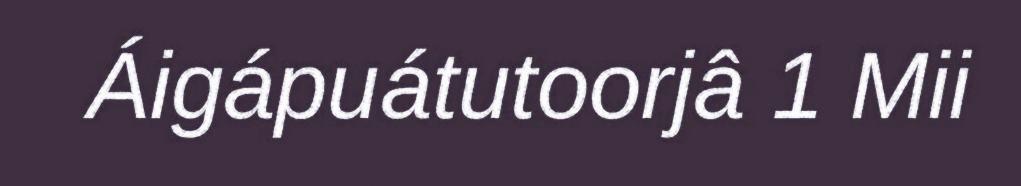
Áigápuátutoorjâ 1 Mii